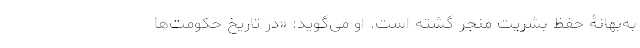
به‌بهانۀ حفظ بشریت منجر گشته ‌است. او می‌گوید: «در تاریخِ حکومت‌ها